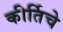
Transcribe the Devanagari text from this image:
कीर्तिचे